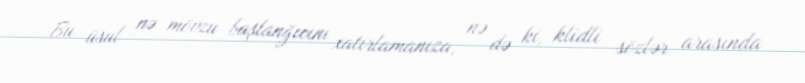
Bu üsul nə mövzu başlanğıcını xatırlamanıza, nə də ki, klidli sözlər arasında